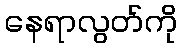
နေရာလွတ်ကို